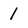
Character: 1